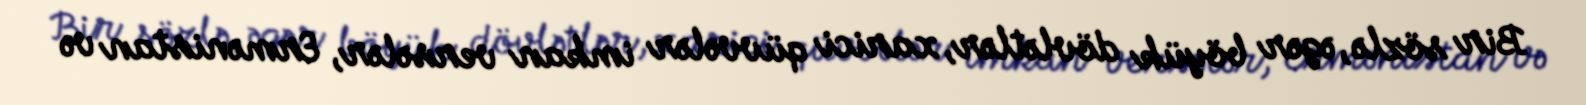
Bir sözlə, əgər böyük dövlətlər, xarici qüvvələr imkan versələr, Ermənistan və